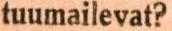
tuumailevat?